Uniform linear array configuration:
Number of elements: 8
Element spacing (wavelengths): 0.25
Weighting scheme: kaiser
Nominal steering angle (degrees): -45
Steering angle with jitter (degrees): -44.512
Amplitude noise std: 0.05
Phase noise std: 0.05

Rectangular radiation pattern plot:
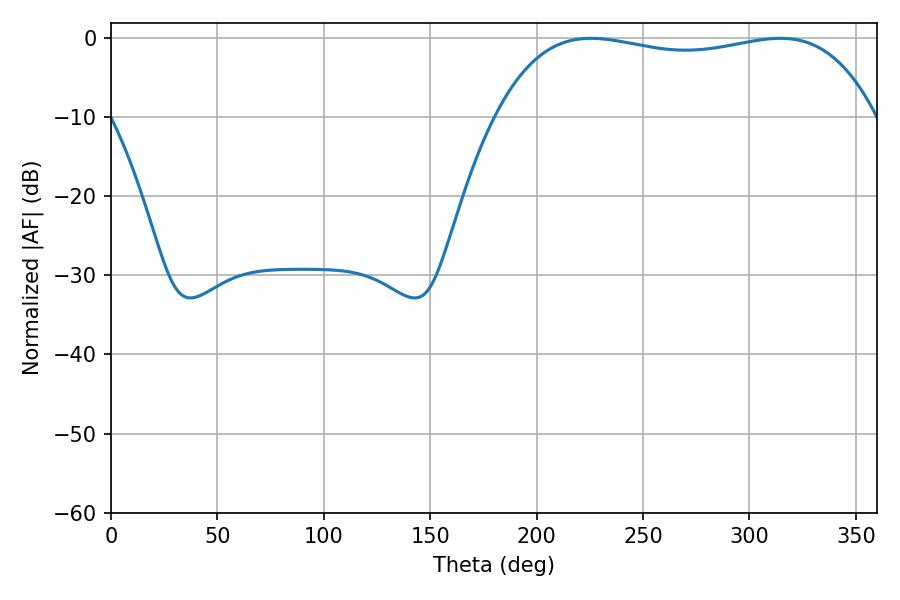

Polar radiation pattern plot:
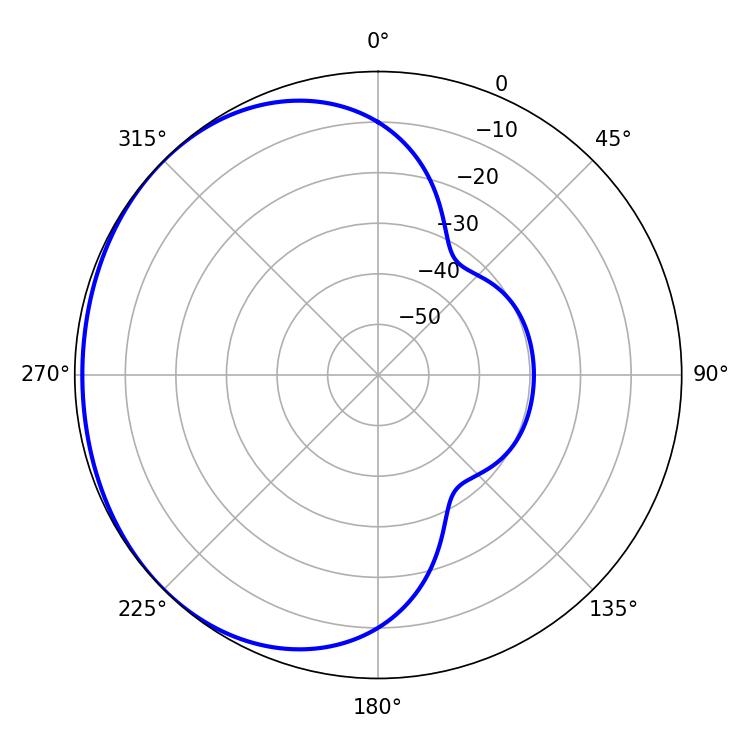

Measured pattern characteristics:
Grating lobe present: FALSE
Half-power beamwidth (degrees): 143.64
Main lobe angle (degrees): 225.54